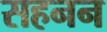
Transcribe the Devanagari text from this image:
सहनन